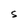
Character: S